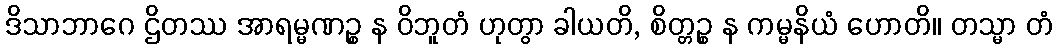
ဒိသာဘာဂေ ဌိတဿ အာရမ္မဏဉ္စ န ဝိဘူတံ ဟုတွာ ခါယတိ, စိတ္တဉ္စ န ကမ္မနိယံ ဟောတိ။ တသ္မာ တံ